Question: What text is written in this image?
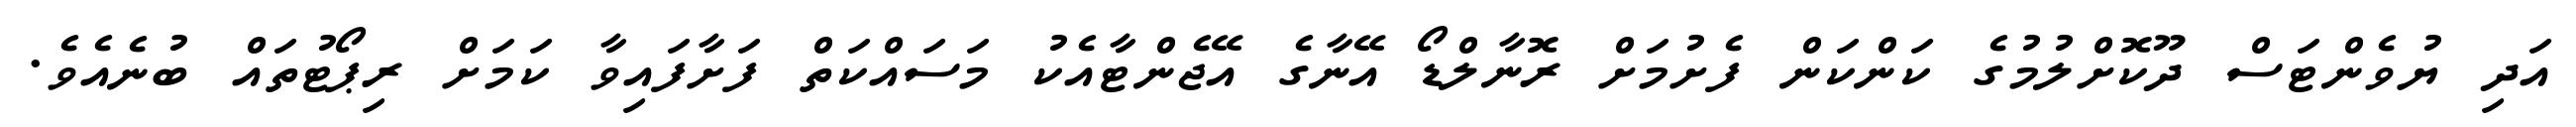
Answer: އަދި ޔުވެންޓަސް ދޫކޮށްލުމުގެ ކަންކަން ފެށުމަށް ރޮނާލްޑޯ އޭނާގެ އޭޖެންޓާއެކު މަސައްކަތް ފަށާފައިވާ ކަމަށް ރިޕޯޓުތައް ބުނެއެވެ.